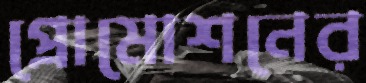
প্রোমোশনের